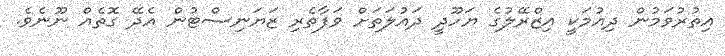
އިތުރުވަމުން ދިއުމަކީ އިޒްރޭލުގެ ޔަހޫދީ ދައުލަތަށް ވަފާތެރި ޒަޔަނިސްޓުން އެދޭ ގޮތެއް ނޫނެވެ.